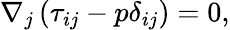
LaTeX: \nabla_{j}\left(\tau_{ij}-p\delta_{ij}\right)=0,